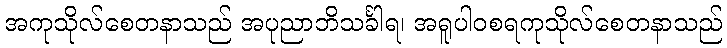
အကုသိုလ်စေတနာသည် အပုညာဘိသင်္ခါရ၊ အရူပါဝစရကုသိုလ်စေတနာသည်